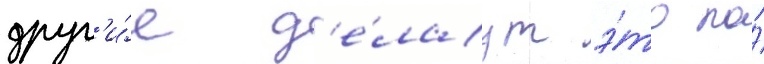
друг'и́е д'е́лаут э́то по́